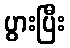
ပွားပြီး